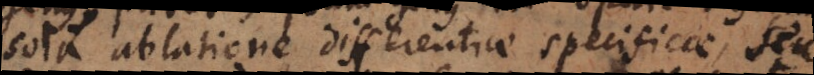
sola ablatione differentiae specificae, seu